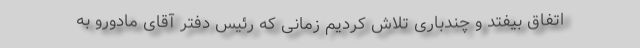
اتفاق بیفتد و چندباری تلاش کردیم زمانی که رئیس دفتر آقای مادورو به